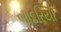
બાદરિયો